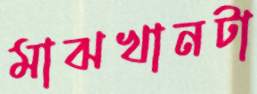
মাঝখানটা